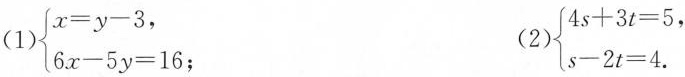
（1）\left\{\begin{array}{l}